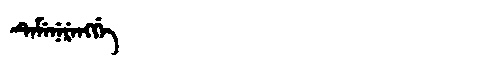
Manchu: ᡨᡝᠮᡝᠨᡝᡵᡝᠩᡤᡝ
Romanization: TEMENERENGGE